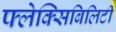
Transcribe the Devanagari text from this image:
फ्लेक्सिबिलिटी